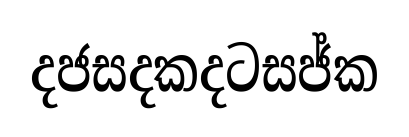
දජසදකදටසජ්ක